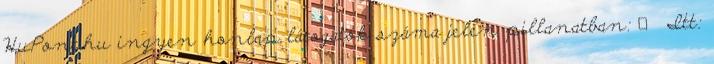
HuPont.hu ingyen honlap látogatók száma jelen pillanatban: ▲ Itt: